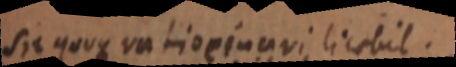
sit quoque ratiocinavi licabit.